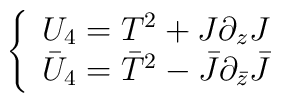
\left\{\begin{array}{l}U_4 = T^2 + J \partial_z J\\\bar U_4 = \bar T^2 - \bar J \partial_{\bar z} \bar J\end{array}\right.